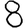
Digit: 8